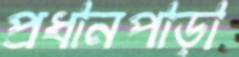
প্রধানপাড়া